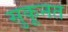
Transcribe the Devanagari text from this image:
सुकूनत